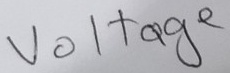
Text: Voltage